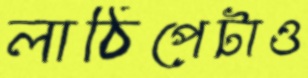
লাঠিপেটাও